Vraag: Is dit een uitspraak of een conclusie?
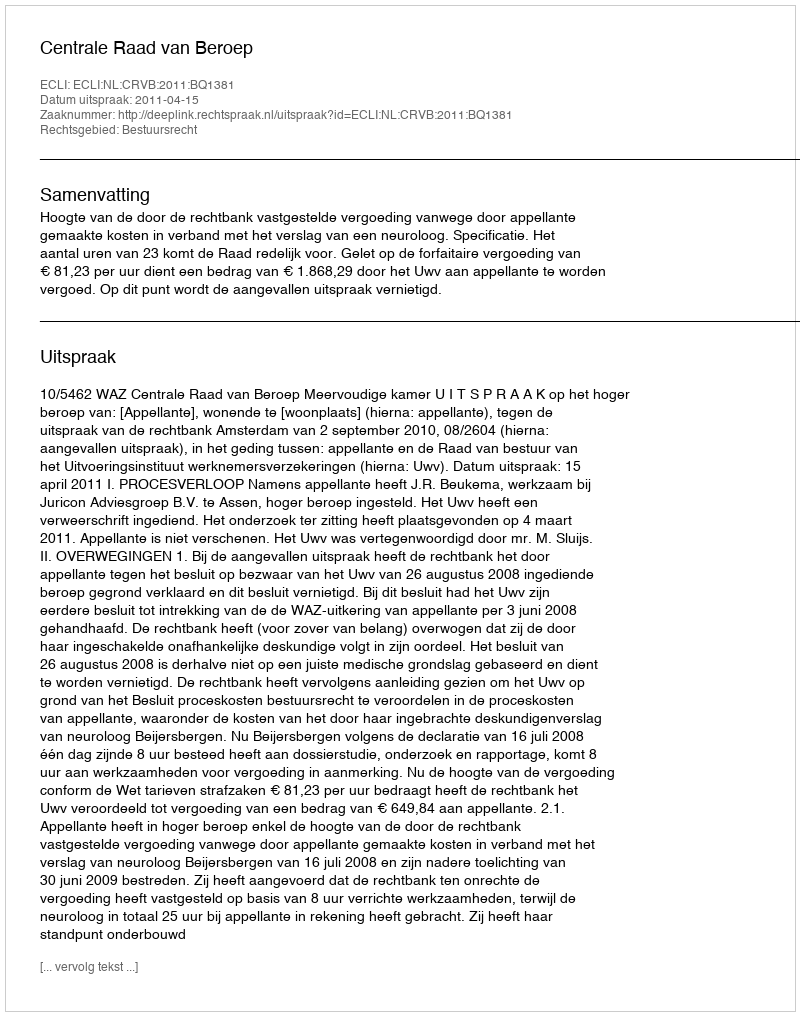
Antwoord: Uitspraak